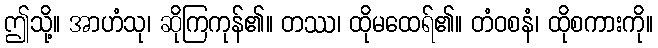
ဤသို့။ အာဟံသု၊ ဆိုကြကုန်၏။ တဿ၊ ထိုမထေရ်၏။ တံဝစနံ၊ ထိုစကားကို။